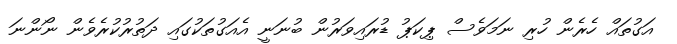
އަގުތައް ހެރެން ހުރި ނަމަވެސް ޕިކަޕު ޑުރައިވަރުން ބުނަނީ އެއަގުތަކުގައި ދަތުރުކުރެވެން ނޯންނަ